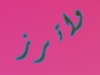
واترز